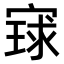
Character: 𫳰